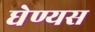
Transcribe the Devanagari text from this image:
घेण्यस